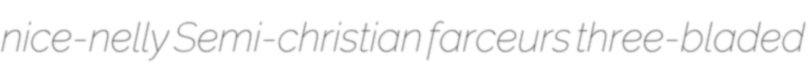
nice-nelly Semi-christian farceurs three-bladed